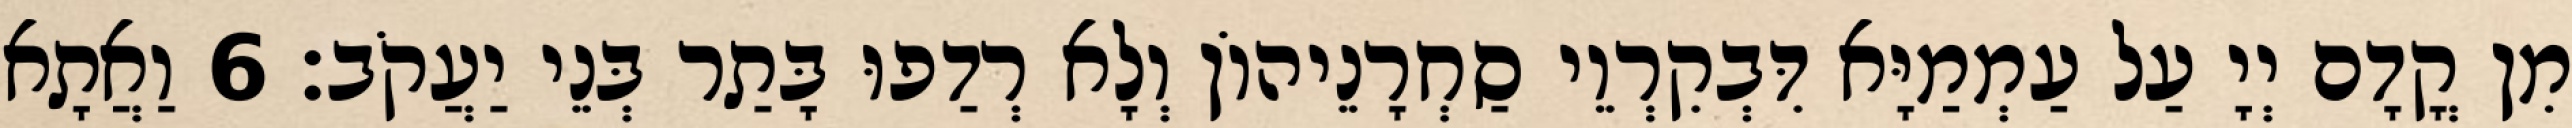
מִן קֳדָם יְיָ עַל עַמְמַיָּא דִּבְקִרְוֵי סַחְרָנֵיהוֹן וְלָא רְדַפוּ בָּתַר בְּנֵי יַעֲקֹב׃ 6 וַאֲתָא